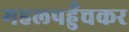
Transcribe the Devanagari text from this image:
महलपहुँचकर